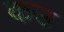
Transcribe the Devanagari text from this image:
कउ